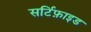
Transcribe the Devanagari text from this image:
सर्टिफ़ाइड